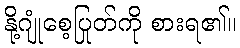
နို့ဂျုံစေ့ပြုတ်ကို စားရ၏။